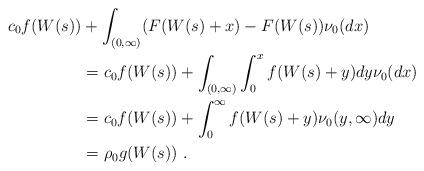
LaTeX: \begin{align*}c_0 f(W(s))&+\int_{(0,\infty)}(F(W(s)+x)-F(W(s))\nu_0(dx)\\&=c_0 f(W(s))+\int_{(0,\infty)}\int_0^xf(W(s)+y)dy\nu_0(dx)\\&=c_0 f(W(s))+\int_0^\infty f(W(s)+y)\nu_0(y,\infty)dy\\&=\rho_0 g(W(s))\ .\end{align*}